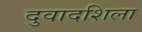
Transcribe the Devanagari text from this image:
दुवादशिला